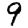
Digit: 9